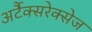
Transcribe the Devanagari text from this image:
अर्टैक्सरेक्सेज